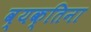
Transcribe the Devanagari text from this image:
व्यक्तिना